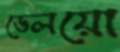
ডেলয়ো